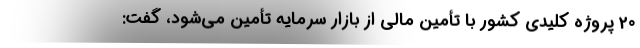
20 پروژه کلیدی کشور با تأمین مالی از بازار سرمایه تأمین می‌شود، گفت: